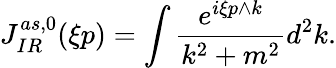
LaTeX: J_{IR}^{as,0}(\xi p)=\int\frac{e^{i\xi p\wedge k}}{k^{2}+m^{2}}d^{2}k.